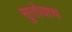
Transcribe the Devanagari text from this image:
सुतोवाच